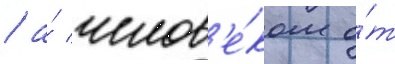
/ а́ челов'е́ком о́т